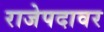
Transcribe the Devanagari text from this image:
राजेपदावर